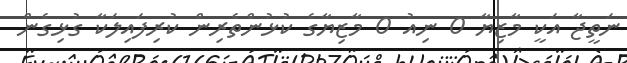
ނަތީޖާ އަކީ މާޒިޔާ 0 ނިއު 0 މާޒިޔާގެ ކުޅުންތެރިން ކުރިފައިލަކާ ގުޅިގެން